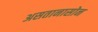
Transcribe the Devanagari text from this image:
असतानासोन